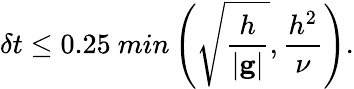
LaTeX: \delta t\leq 0.25~min\left(\sqrt\frac{h}{\left|\mathbf{g}\right|},\frac{h^{2}}{\nu}\right).